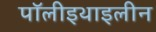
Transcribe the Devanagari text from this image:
पॉलीइथाइलीन